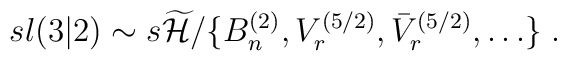
sl(3|2) \sim  s\widetilde{{\cal H}}/\{  B^{(2)}_n,V_r^{(5/2)},\bar{V}_r^{(5/2)},\ldots \} \; .